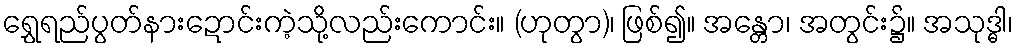
ရွှေရည်ပွတ်နားဍောင်းကဲ့သို့လည်းကောင်း။ (ဟုတွာ)၊ ဖြစ်၍။ အန္တော၊ အတွင်း၌။ အသုဒ္ဓါ၊